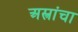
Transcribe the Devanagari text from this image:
अस्त्रांचा